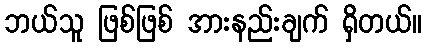
ဘယ်သူ ဖြစ်ဖြစ် အားနည်းချက် ရှိတယ်။